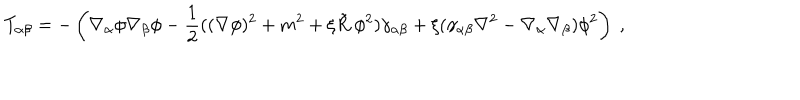
T _ { \alpha \beta } = - \left( \nabla _ { \alpha } \phi \nabla _ { \beta } \phi - \frac 1 2 ( ( \nabla \phi ) ^ { 2 } + m ^ { 2 } + \xi \tilde { R } ~ \phi ^ { 2 } ) \gamma _ { \alpha \beta } + \xi ( \gamma _ { \alpha \beta } \nabla ^ { 2 } - \nabla _ { \alpha } \nabla _ { \beta } ) \phi ^ { 2 } \right) ~ ,